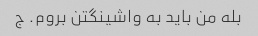
بله من باید به واشینگتن بروم. ج